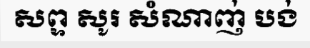
សព្ទ សូរ សំណាញ់ បង់